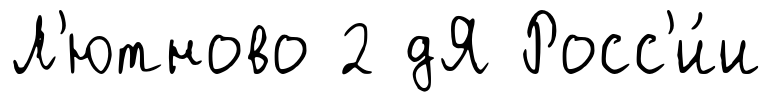
Л'ютново 2 дЯ Росс'и́и